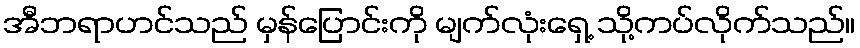
အီဘရာဟင်သည် မှန်ပြောင်းကို မျက်လုံးရှေ့ သို့ကပ်လိုက်သည်။